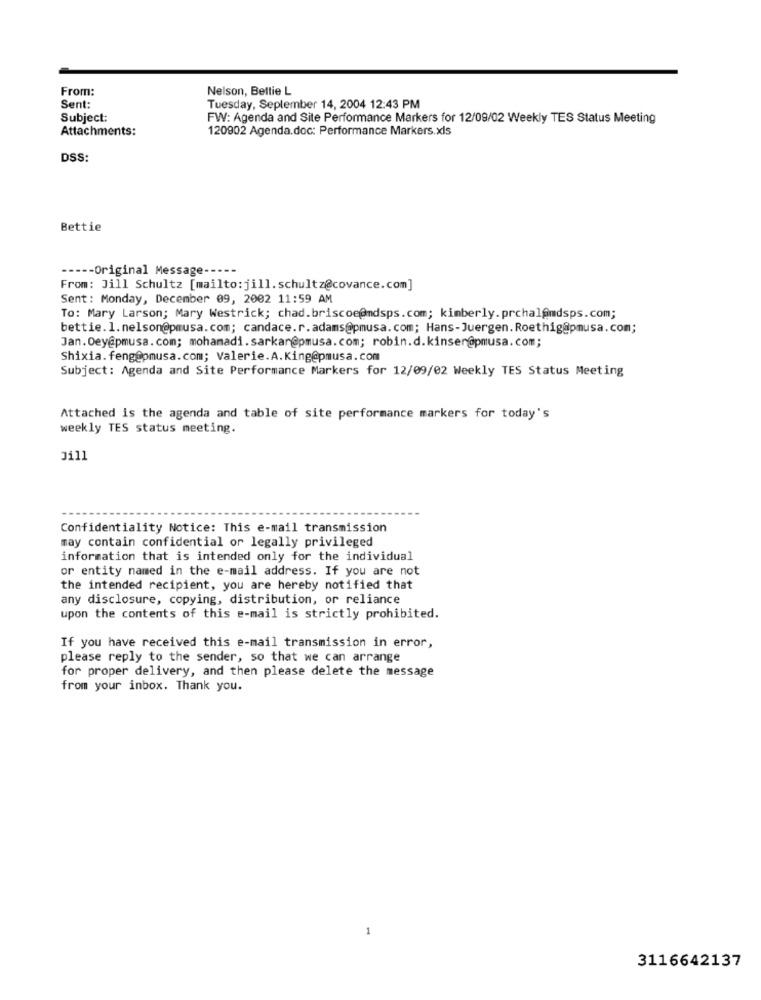
From:
Nelson, Bettie L
Sent:
Tuesday, September 14, 2004 12:43 PM
Subject:
FW: Agenda and Site Performance Markers for 12/09/02 Weekly TES Status Meeting
Attachments:
120902 Agenda.doc: Performance Markers.xls
DSS:
Bettie
----- Original Message -----
From: Jill Schultz [mailto: jill. schultz@covance.com]
Sent: Monday, December 09, 2002 11:59 AM
To: Mary Larson; Mary Westrick; chad.briscoe@mdsps.com; kimberly.prchal@mdsps.com;
bettie.1.nelson@pmusa.com; candace.r.adams@pmusa.com; Hans-Juergen. Roethig@pmusa.com;
Jan.Dey@pmusa.com; mohamadi.sarkar@pmusa.com; robin.d.kinser@pmusa.com;
Shixia. feng@pmusa.com; Valerie.A.King@pmusa.com
Subject: Agenda and Site Performance Markers for 12/09/02 Weekly TES Status Meeting
Attached is the agenda and table of site performance markers for today's
weekly TES status meeting.
Ji11
Confidentiality Notice: This e-mail transmission
may contain confidential or legally privileged
information that is intended only for the individual
or entity named in the e-mail address. If you are not
the intended recipient, you are hereby notified that
any disclosure, copying, distribution, or reliance
upon the contents of this e-mail is strictly prohibited.
If you have received this e-mail transmission in error,
please reply to the sender, so that we can arrange
for proper delivery, and then please delete the message
from your inbox. Thank you.
3116642137